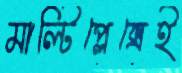
মাল্টিপ্লেক্সেই